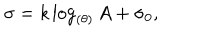
\sigma = k \log _ { ( \theta ) } A + \sigma _ { 0 } ,